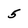
Character: 5